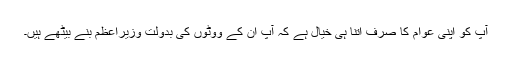
آپ کو اپنی عوام کا صرف اتنا ہی خیال ہے کہ آپ ان کے ووٹوں کی بدولت وزیرِاعظم بنے بیٹھے ہیں۔